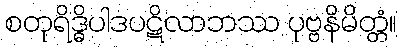
စတုရိဒ္ဓိပါဒပဋိလာဘဿ ပုဗ္ဗနိမိတ္တံ။